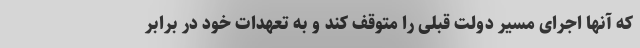
که آنها اجرای مسیر دولت قبلی را متوقف کند و به تعهدات خود در برابر